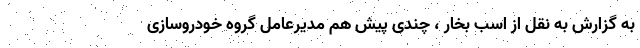
به گزارش به نقل از اسب بخار ، چندی پیش هم مدیرعامل گروه خودروسازی